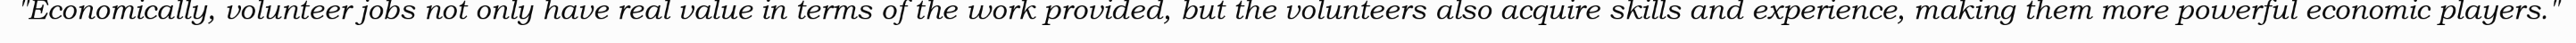
"Economically, volunteer jobs not only have real value in terms of the work provided, but the volunteers also acquire skills and experience, making them more powerful economic players."